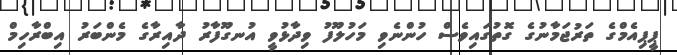
ޕީޕިއެމްގެ ތަރުޖަމާނުގެ ގޮތުގައިވެސް ހުންނެވި މަހުލޫފު ވިދާޅުވީ އުނގޫފާރު ދާއިރާގެ މެންބަރު އިބްރާހިމް